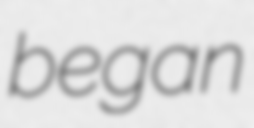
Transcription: began